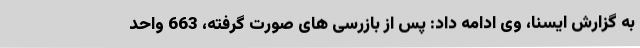
به گزارش ایسنا، وی ادامه داد: پس از بازرسی های صورت گرفته، 663 واحد